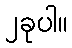
၂ခုပါ။